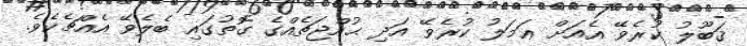
ޤަބޫލު ކުރެވޭ އެއަށް ޢަމަލު ކުރެވޭ އަދި ޙުއްޖަތެއްގެ ގޮތުގައި ބެލެވޭ އެއްޗެކެވެ.